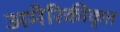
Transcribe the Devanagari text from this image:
अमेरिकीकृत